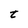
Character: t